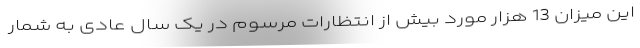
این میزان 13 هزار مورد بیش از انتظارات مرسوم در یک سال عادی به شمار